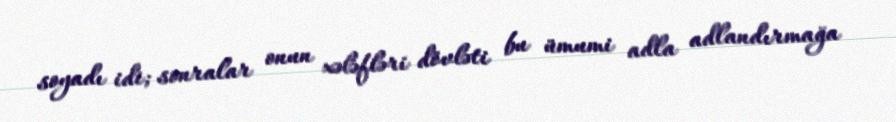
soyadı idi; sonralar onun xələfləri dövləti bu ümumi adla adlandırmağa